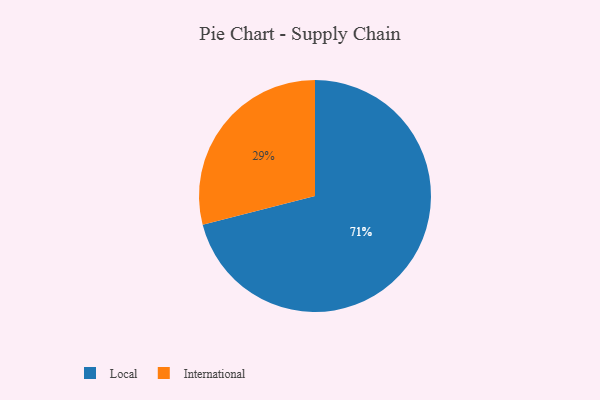
{"axis": {"x": "Category", "y": "Percentage"}, "legend": ["International", "Local"], "data": [{"x": "International", "y": 29, "type": "International"}, {"x": "Local", "y": 71, "type": "Local"}]}